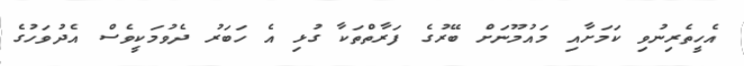
އެހީތެރިނުވި ކަމަށާއި މައުމޫނަށް ބޭރުގެ ފަރާތްތަކާ ގުޅި އެ ހަބަރު ދެވުމަކީވެސް އެދުވަހުގެ